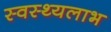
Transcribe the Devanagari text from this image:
स्वस्थ्यलाभ